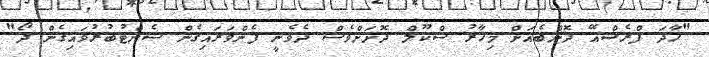
"ހާދަ ފްރެޝްއޭ ދޮންބެއަށް މިހާރު ސްކޫލް ދޮށަށްވެސް ދެވެނީ ފެންވަރައިގެން ސެންޓުބުރުވައިގެން ދޯ"